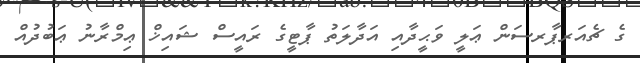
ގެ ޗެއަރޕާރސަން ޢަލީ ވަޙީދާއި އަދާލަތު ޕާޓީގެ ރައީސް ޝައިޚް ޢިމްރާނު ޢަބުދުއް